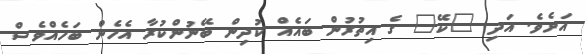
އަށެވެ. އަދި "ކޭ" ގެ އިތުރުން ބައެއް ކުދިން ބޭނުންކުރާ އެހެން ބަހެއްވެސް